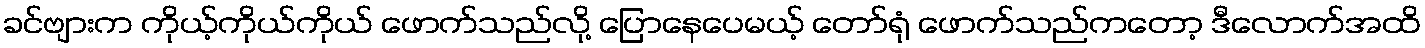
ခင်ဗျားက ကိုယ့်ကိုယ်ကိုယ် ဖောက်သည်လို့ ပြောနေပေမယ့် တော်ရုံ ဖောက်သည်ကတော့ ဒီလောက်အထိ